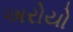
અરોયો